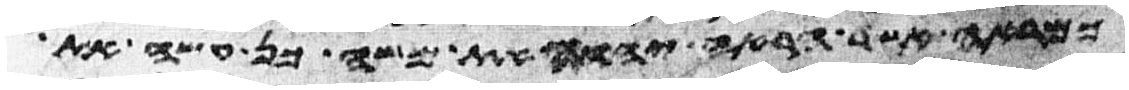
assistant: כמראה אשר הראה יהוה את משה כן עשה את